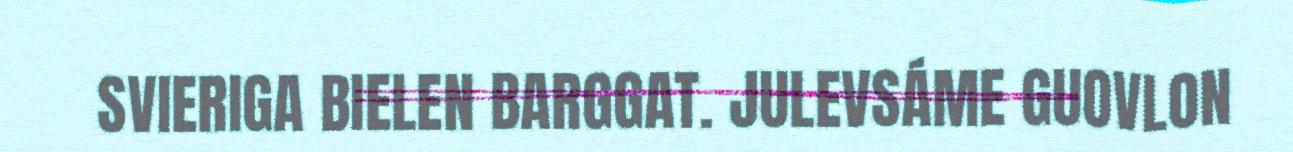
SVIERIGA BIELEN BARGGAT. JULEVSÁME GUOVLON